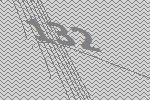
132